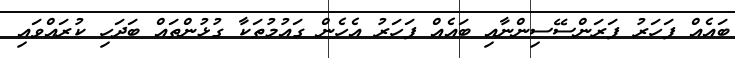
ބައެއް ފަހަރު ފަރަންސޭސިންނާއި ބައެއް ފަހަރު އެހެން ގައުމުތަކާ ގުޅުންތައް ބަދަހި ކުރައްވައި